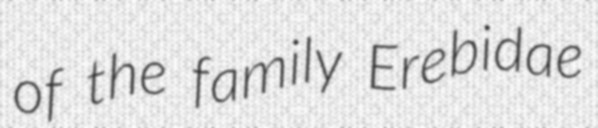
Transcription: of the family Erebidae